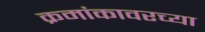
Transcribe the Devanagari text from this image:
क्रमांकावरच्या